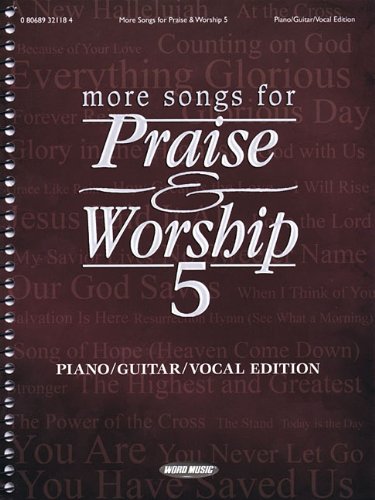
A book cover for More Songs for Praise & Worship - Volume 5; Christian Books & Bibles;